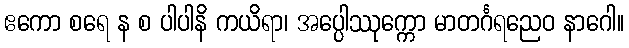
ဧကော စရေ န စ ပါပါနိ ကယိရာ၊ အပ္ပေါဿုက္ကော မာတင်္ဂရညေဝ နာဂေါ။